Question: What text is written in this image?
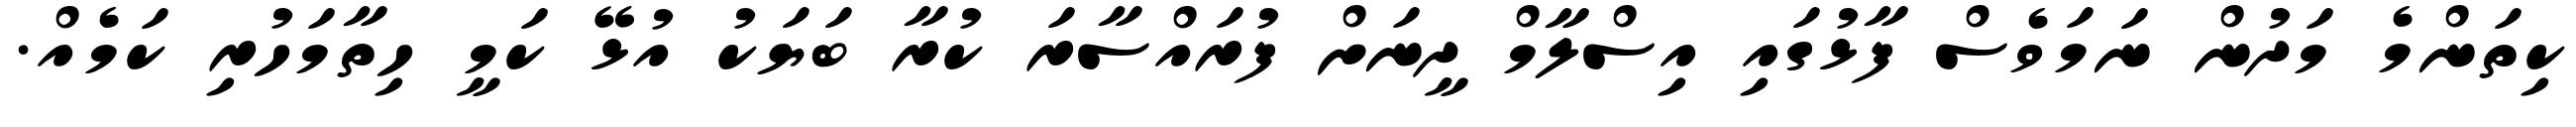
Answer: ކިތަންމެ މަދުން ނަމަވެސް ފާޅުގައި އިސްލާމް ދީނަށް ފުރައްސާރަ ކުރާ ބަޔަކު އުޅޭ ކަމީ ހިތާމަހުރި ކަމެއް.